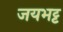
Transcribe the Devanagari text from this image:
जयभट्ट